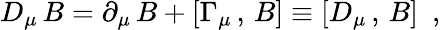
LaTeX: D_{\mu}\, B=\partial_{\mu}\, B+[\Gamma_{\mu}\, ,\, B]\equiv[D_{\mu}\, ,\, B]\, \, \, ,